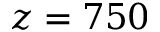
z = 7 5 0